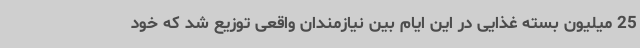
25 میلیون بسته غذایی در این ایام بین نیازمندان واقعی توزیع شد که خود